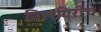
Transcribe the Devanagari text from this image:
निलगिरीचे